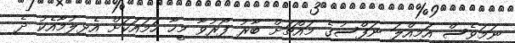
ނަމަވެސް އަމިއްލަ ނަފްސުގެ މައްޗަށް ބާރު ފޯރުވާ މީހާ ހަމައަކަށް އެޅިލުމާއެކު ދެ